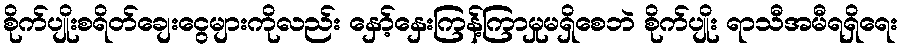
စိုက်ပျိုးစရိတ်ချေးငွေများကိုလည်း နှော့်နှေးကြန့်ကြာမှုမရှိစေဘဲ စိုက်ပျိုး ရာသီအမီရရှိရေး